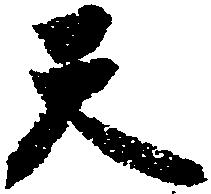
天